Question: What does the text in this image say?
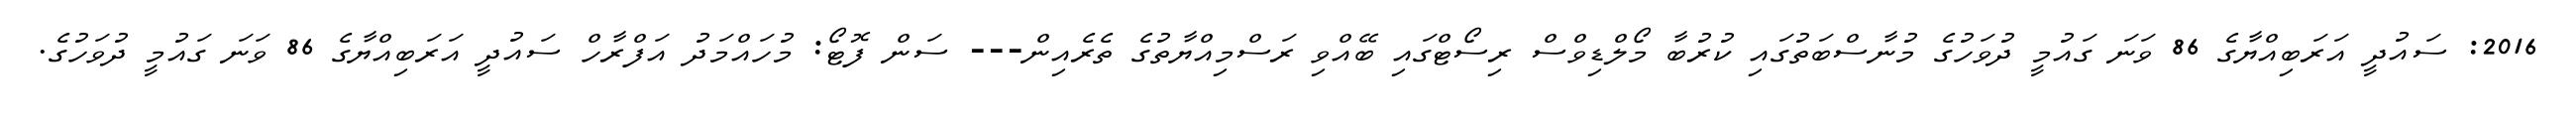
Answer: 2016: ސައުދީ އަރަބިއްޔާގެ 86 ވަނަ ގައުމީ ދުވަހުގެ މުނާސްބަތުގައި ކުރުބާ މޯލްޑިވްސް ރިސޯޓްގައި ބޭއްވި ރަސްމިއްޔާތުގެ ތެރެއިން--- ސަން ފޮޓޯ: މުހައްމަދު އަފްރާހް ސައުދީ އަރަބިއްޔާގެ 86 ވަނަ ގައުމީ ދުވަހުގެ.